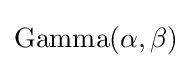
\mathrm {Gamma} (\alpha ,\beta )